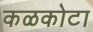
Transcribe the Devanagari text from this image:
कळकोटा